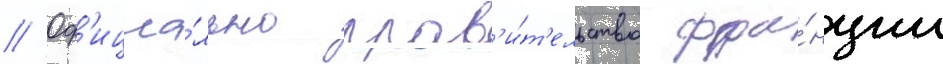
// Оф'ициа́льно прав'и́т'ельство фра́нции